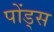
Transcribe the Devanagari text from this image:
पोंड्स